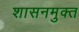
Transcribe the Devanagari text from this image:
शासनमुक्त